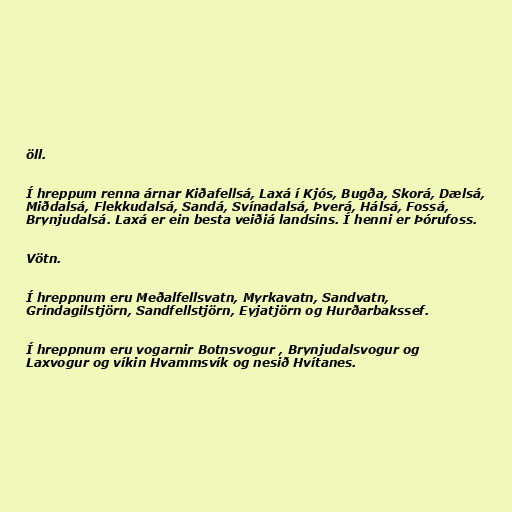
öll.

Í hreppum renna árnar Kiðafellsá, Laxá í Kjós, Bugða, Skorá, Dælsá,
Miðdalsá, Flekkudalsá, Sandá, Svínadalsá, Þverá, Hálsá, Fossá,
Brynjudalsá. Laxá er ein besta veiðiá landsins. Í henni er Þórufoss.

Vötn.

Í hreppnum eru Meðalfellsvatn, Myrkavatn, Sandvatn,
Grindagilstjörn, Sandfellstjörn, Eyjatjörn og Hurðarbakssef.

Í hreppnum eru vogarnir Botnsvogur , Brynjudalsvogur og
Laxvogur og víkin Hvammsvík og nesið Hvítanes.